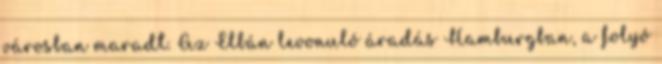
városban maradt. Az Elbán levonuló áradás Hamburgban, a folyó